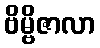
ဗိမ္ဗိဇာလာ